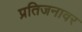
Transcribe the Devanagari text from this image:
प्रतिजनावर